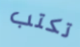
تكتب